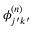
\phi _ { j ^ { \prime } k ^ { \prime } } ^ { ( n ) }